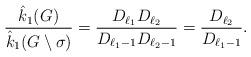
LaTeX: \begin{align*}\dfrac{\hat{k}_1{(G)}}{\hat{k}_1(G\setminus\sigma)}=\dfrac{D_{\ell_1}D_{\ell_2}}{D_{\ell_1-1}D_{\ell_2-1}}=\dfrac{D_{\ell_2}}{D_{\ell_1-1}}.\end{align*}